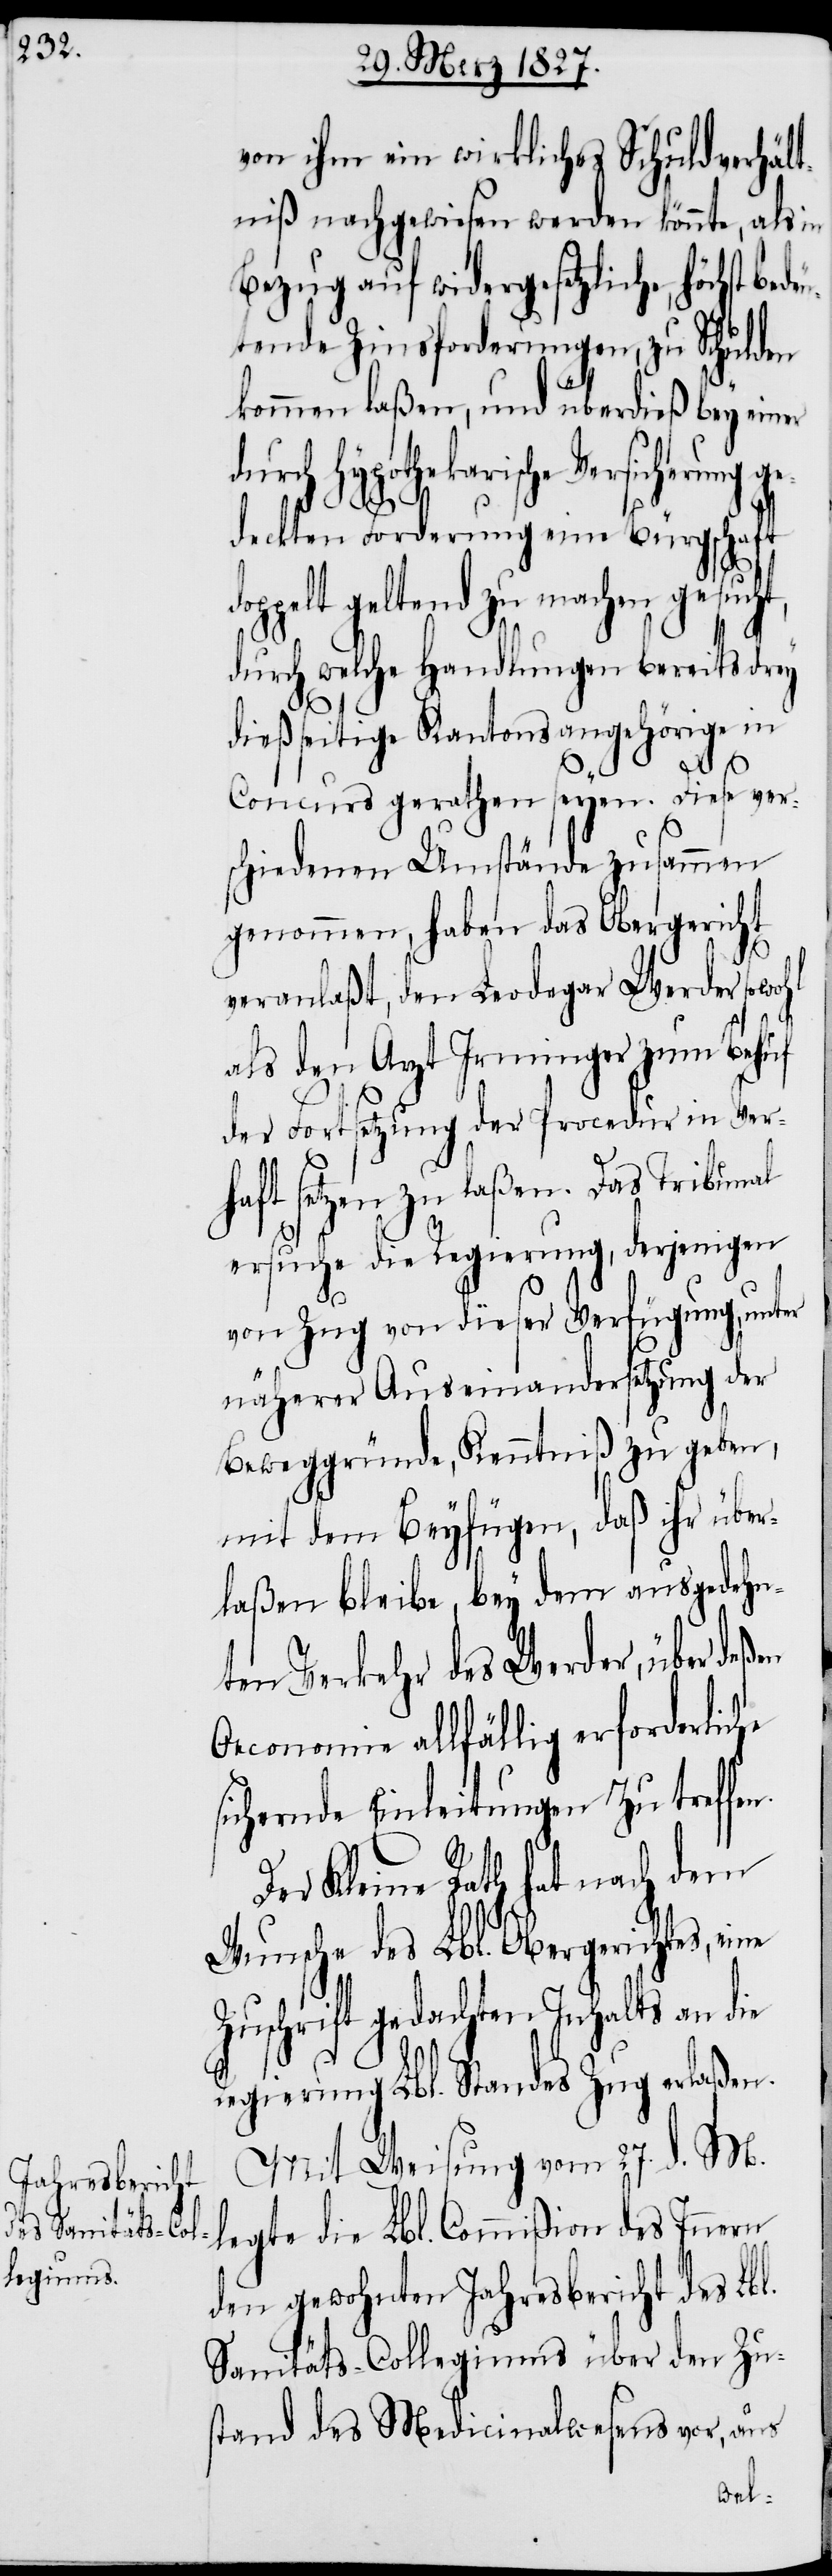
von ihm ein wirkliches Schuldverhält¬
niß nachgewiesen werden könnte, als in
Bezug auf widergesetzliche, höchst be¬
tende Zinsforderungen, zu Schulden
kommen laßen, und überdieß bey einer
durch hypothekarische Versicherung ge¬
dop¬
deckten Forderung eine Bürgschaft
pelt geltend zu machen gesucht,
durch welche Handlungen bereits drey
dießeitige Kantonsangehörige in
Concurs gerathen seyen. Diese ver¬
schiedenen Umstände zusammen
genommen, haben das Obergericht
veranlaßt, den Leodegar Werder sowohl
als den Arzt Irminger zum Behuf
der Fortsetzung der Procedur in Ver¬
haft setzen zu laßen. Das Tribunal
ersuche die Regierung, derjenigen
von Zug von dieser Verfügung, unter
näherer Auseinandersetzung der
Beweggründe, Kenntniß zu geben,
mit dem Beyfügen, daß ihr über¬
laßen bleibe, bey dem ausgedehn¬
ten Verkehr des Werder, über deßen
Oeconomie allfällig erforderliche
sichernde Einleitungen zu treffen.
Der Kleine Rath hat nach dem
Wunsche des Lbl. Obergerichtes, eine
Zuschrift gedachten Inhalts an die
Regierung Lbl. Standes Zug erlaßen.
Mit Weisung vom 27. d. M.
legte die Lbl. Commißion des Innern
den gewohnten Jahresbericht des Lbl.
Sanitäts-Collegiums über den Zu¬
stand des Medicinalwesens vor, aus